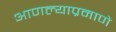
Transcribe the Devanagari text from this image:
आणल्याप्रमाणे